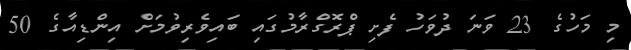
މި މަހުގެ 23 ވަނަ ދުވަހު ފެށި ޕްރޮގްރާމުގައި ބައިވެރިވުމަށް އިންޑިއާގެ 50